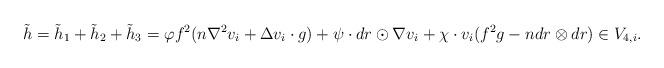
LaTeX: \begin{align*} \tilde{h}= \tilde{h}_1+ \tilde{h}_2+\tilde{h}_3=\varphi f^2(n\nabla^2 v_i+\Delta v_i\cdot g)+\psi \cdot dr\odot \nabla v_i+\chi\cdot v_i(f^2g-ndr\otimes dr)\in V_{4,i}. \end{align*}